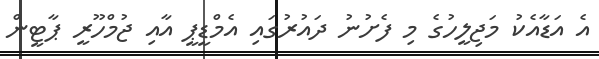
އެ އަޑާއެކު މަޖިލީހުގެ މި ފެށުނު ދައުރުގައި އެމްޑީޕީ އާއި ޖުމްހޫރީ ޕާޓީން